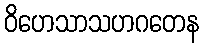
ဝိဟေသာသဟဂတေန